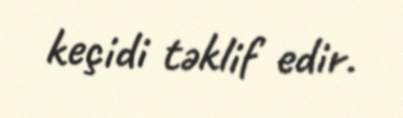
keçidi təklif edir.